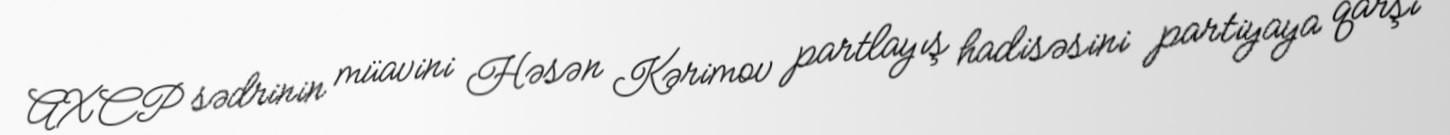
AXCP sədrinin müavini Həsən Kərimov partlayış hadisəsini partiyaya qarşı